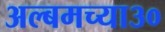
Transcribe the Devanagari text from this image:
अल्बमच्या३०